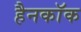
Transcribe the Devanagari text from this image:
हैनकाॅक